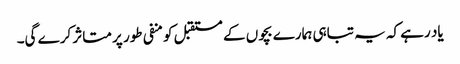
یاد رہے کہ یہ تباہی ہمارے بچوں کے مستقبل کو منفی طور پر متاثر کرے گی۔